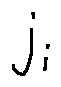
j _ { i }